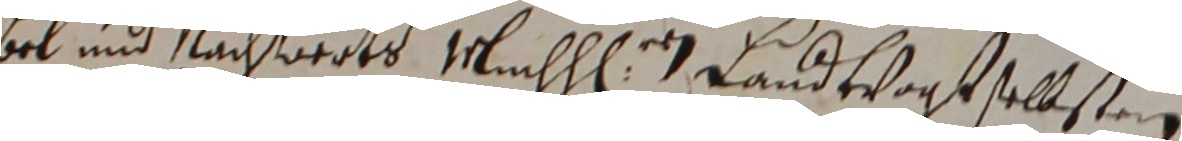
bel und rachwors mluchen rn landtvogt sellsten